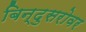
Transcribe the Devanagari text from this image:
बिन्दुसरोवर